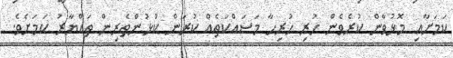
ކަމަށާއި މޮޅުވާން ކުރެވެން ހުރި ހުރިހާ މަސައްކަތެއް ކުރަން ކުޅުންތެރިން ތައްޔާރު ކަމަށެވެ.